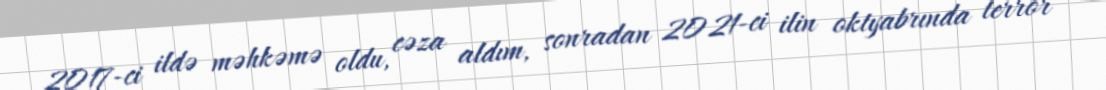
2017-ci ildə məhkəmə oldu, cəza aldım, sonradan 2021-ci ilin oktyabrında terror